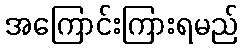
အကြောင်းကြားရမည်